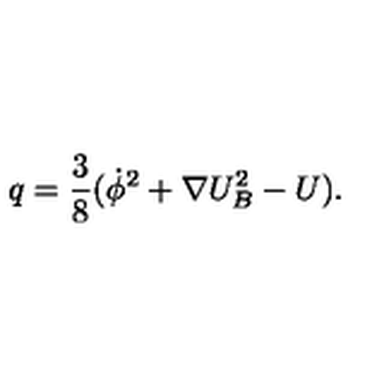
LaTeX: q = \frac { 3 } { 8 } ( \dot { \phi } ^ { 2 } + \nabla U _ { B } ^ { 2 } - U ) .